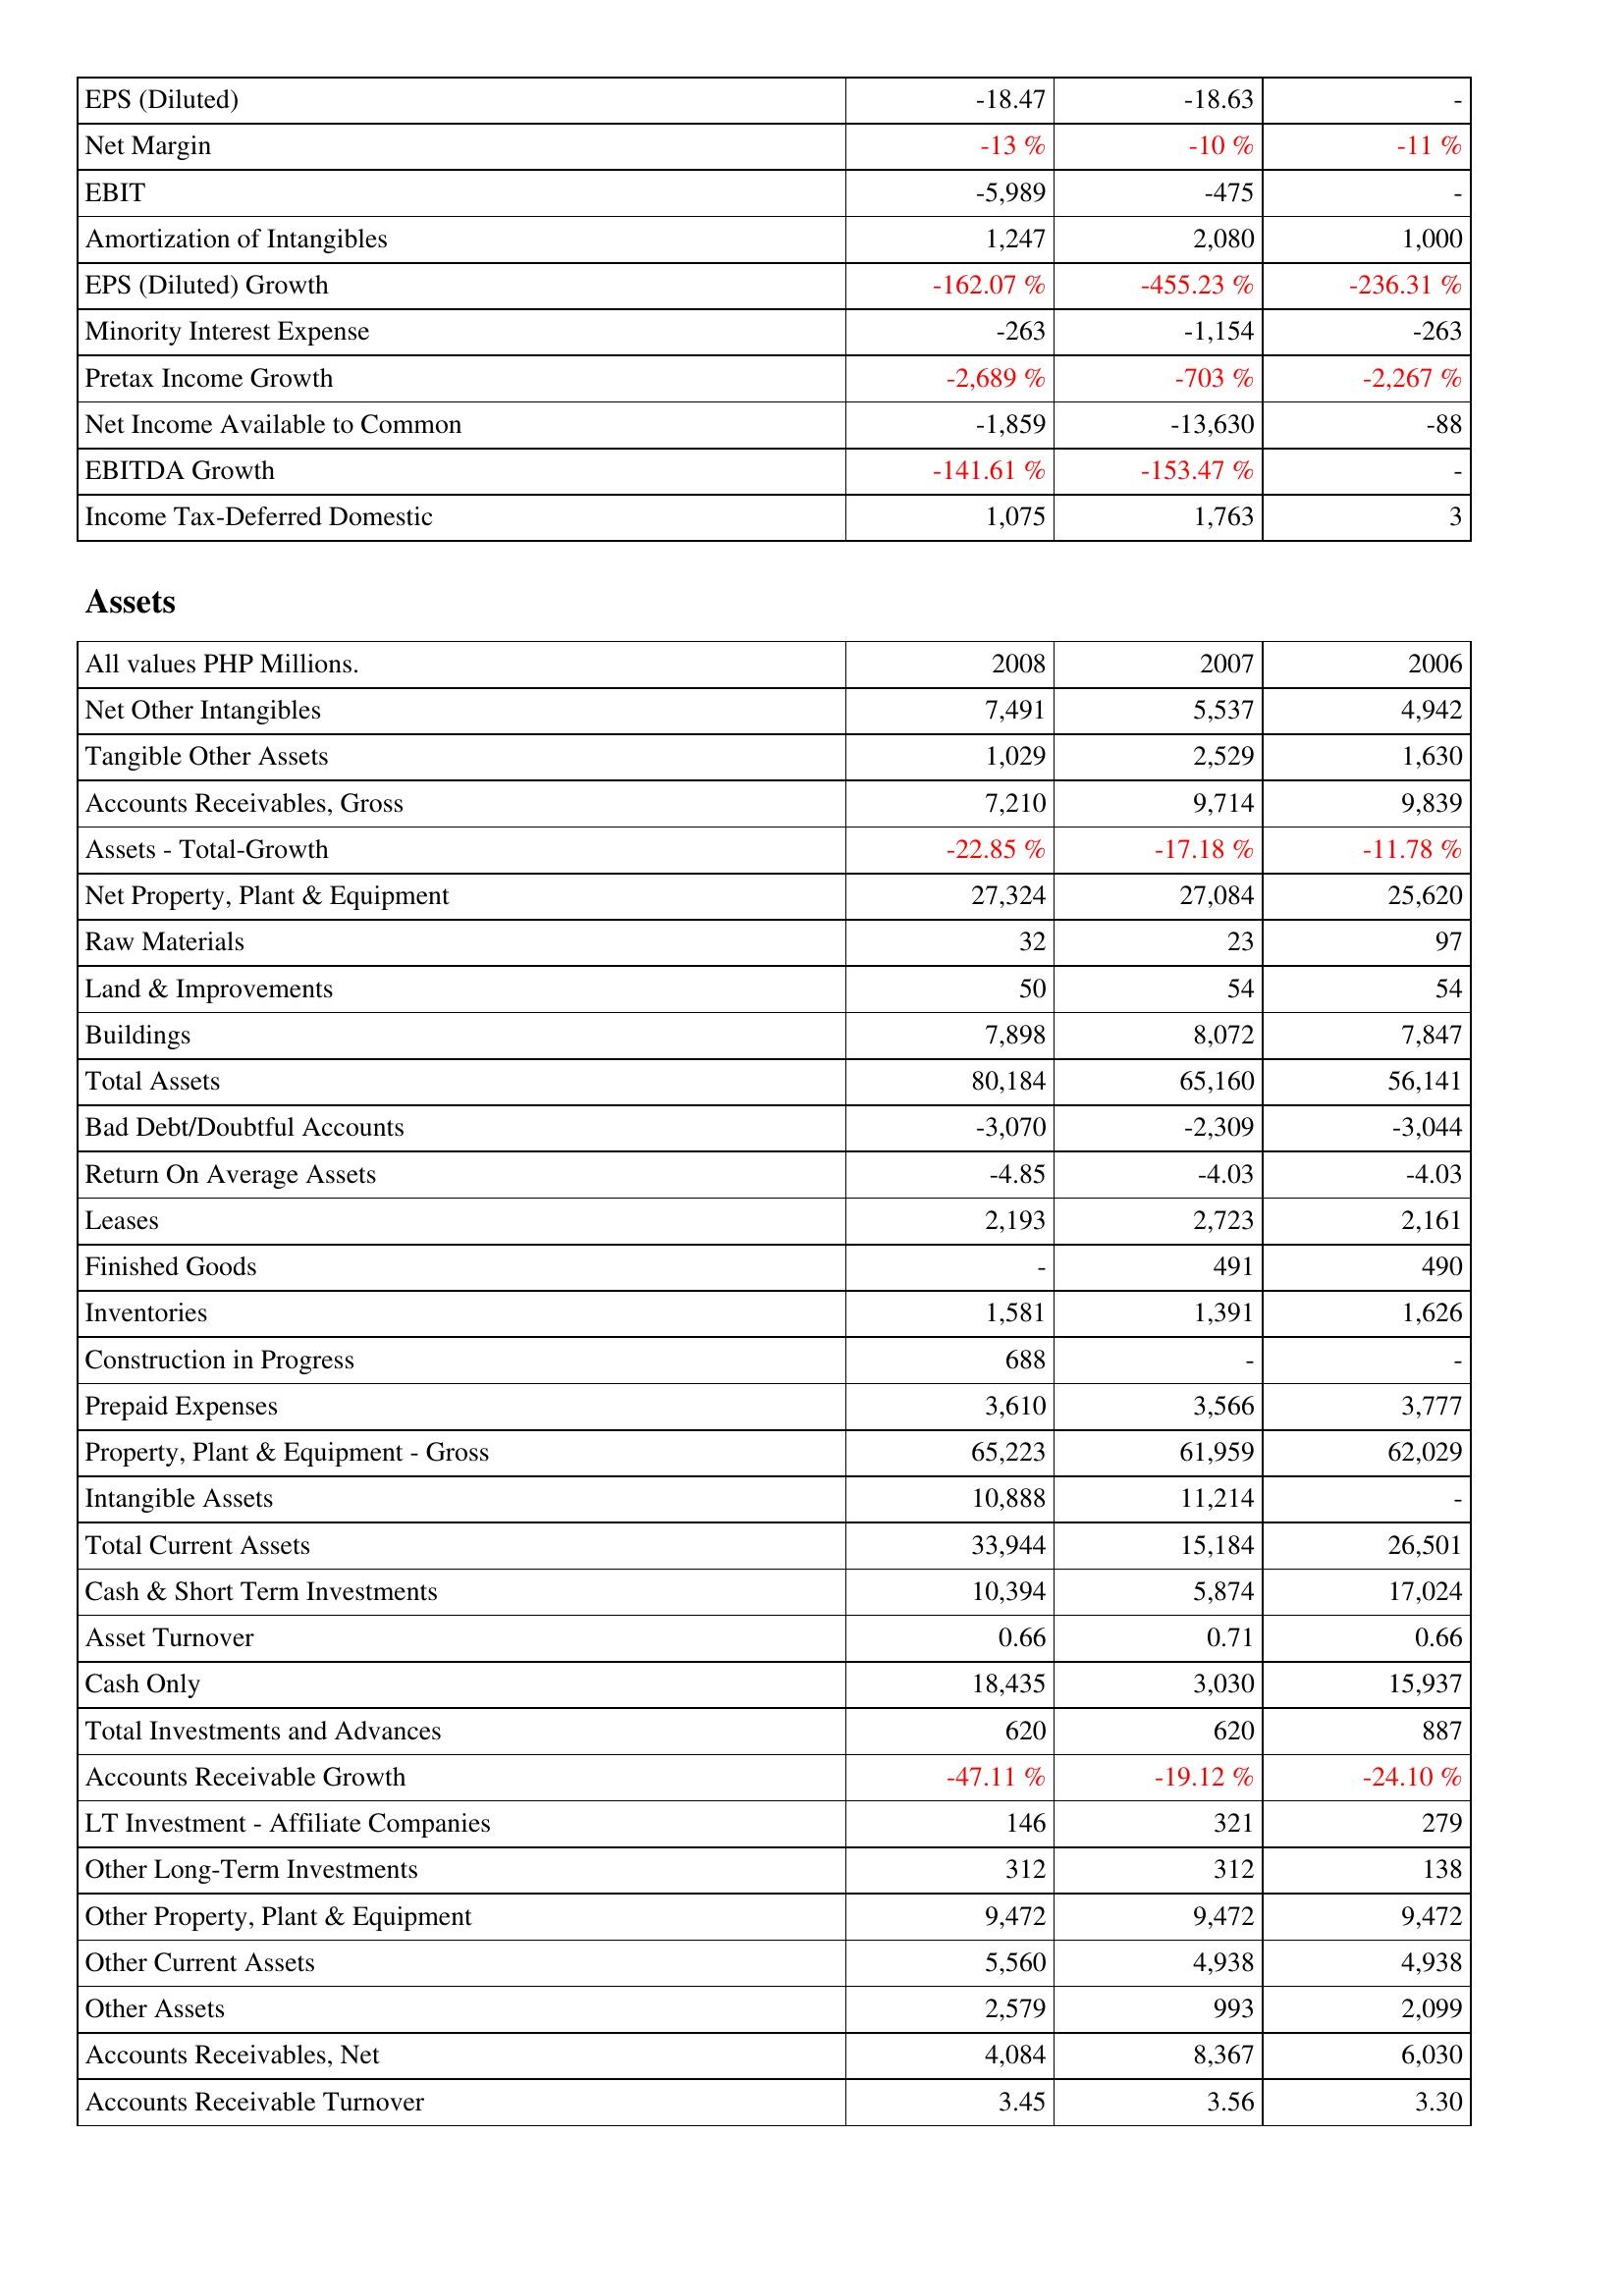
2008: Income Statement: EPS (Diluted): -18.47
Net Margin: -13 %
EBIT: -5,989
Amortization of Intangibles: 1,247
EPS (Diluted) Growth: -162.07 %
Minority Interest Expense: -263
Pretax Income Growth: -2,689 %
Net Income Available to Common: -1,859
EBITDA Growth: -141.61 %
Income Tax-Deferred Domestic: 1,075
Assets: Net Other Intangibles: 7,491
Tangible Other Assets: 1,029
Accounts Receivables, Gross: 7,210
Assets - Total-Growth: -22.85 %
Net Property, Plant & Equipment: 27,324
Raw Materials: 32
Land & Improvements: 50
Buildings: 7,898
Total Assets: 80,184
Bad Debt/Doubtful Accounts: -3,070
Return On Average Assets: -4.85
Leases: 2,193
Finished Goods: -
Inventories: 1,581
Construction in Progress: 688
Prepaid Expenses: 3,610
Property, Plant & Equipment - Gross: 65,223
Intangible Assets: 10,888
Total Current Assets: 33,944
Cash & Short Term Investments: 10,394
Asset Turnover: 0.66
Cash Only: 18,435
Total Investments and Advances: 620
Accounts Receivable Growth: -47.11 %
LT Investment - Affiliate Companies: 146
Other Long-Term Investments: 312
Other Property, Plant & Equipment: 9,472
Other Current Assets: 5,560
Other Assets: 2,579
Accounts Receivables, Net: 4,084
Accounts Receivable Turnover: 3.45
2007: Income Statement: EPS (Diluted): -18.63
Net Margin: -10 %
EBIT: -475
Amortization of Intangibles: 2,080
EPS (Diluted) Growth: -455.23 %
Minority Interest Expense: -1,154
Pretax Income Growth: -703 %
Net Income Available to Common: -13,630
EBITDA Growth: -153.47 %
Income Tax-Deferred Domestic: 1,763
Assets: Net Other Intangibles: 5,537
Tangible Other Assets: 2,529
Accounts Receivables, Gross: 9,714
Assets - Total-Growth: -17.18 %
Net Property, Plant & Equipment: 27,084
Raw Materials: 23
Land & Improvements: 54
Buildings: 8,072
Total Assets: 65,160
Bad Debt/Doubtful Accounts: -2,309
Return On Average Assets: -4.03
Leases: 2,723
Finished Goods: 491
Inventories: 1,391
Construction in Progress: -
Prepaid Expenses: 3,566
Property, Plant & Equipment - Gross: 61,959
Intangible Assets: 11,214
Total Current Assets: 15,184
Cash & Short Term Investments: 5,874
Asset Turnover: 0.71
Cash Only: 3,030
Total Investments and Advances: 620
Accounts Receivable Growth: -19.12 %
LT Investment - Affiliate Companies: 321
Other Long-Term Investments: 312
Other Property, Plant & Equipment: 9,472
Other Current Assets: 4,938
Other Assets: 993
Accounts Receivables, Net: 8,367
Accounts Receivable Turnover: 3.56
2006: Income Statement: EPS (Diluted): -
Net Margin: -11 %
EBIT: -
Amortization of Intangibles: 1,000
EPS (Diluted) Growth: -236.31 %
Minority Interest Expense: -263
Pretax Income Growth: -2,267 %
Net Income Available to Common: -88
EBITDA Growth: -
Income Tax-Deferred Domestic: 3
Assets: Net Other Intangibles: 4,942
Tangible Other Assets: 1,630
Accounts Receivables, Gross: 9,839
Assets - Total-Growth: -11.78 %
Net Property, Plant & Equipment: 25,620
Raw Materials: 97
Land & Improvements: 54
Buildings: 7,847
Total Assets: 56,141
Bad Debt/Doubtful Accounts: -3,044
Return On Average Assets: -4.03
Leases: 2,161
Finished Goods: 490
Inventories: 1,626
Construction in Progress: -
Prepaid Expenses: 3,777
Property, Plant & Equipment - Gross: 62,029
Intangible Assets: -
Total Current Assets: 26,501
Cash & Short Term Investments: 17,024
Asset Turnover: 0.66
Cash Only: 15,937
Total Investments and Advances: 887
Accounts Receivable Growth: -24.10 %
LT Investment - Affiliate Companies: 279
Other Long-Term Investments: 138
Other Property, Plant & Equipment: 9,472
Other Current Assets: 4,938
Other Assets: 2,099
Accounts Receivables, Net: 6,030
Accounts Receivable Turnover: 3.30